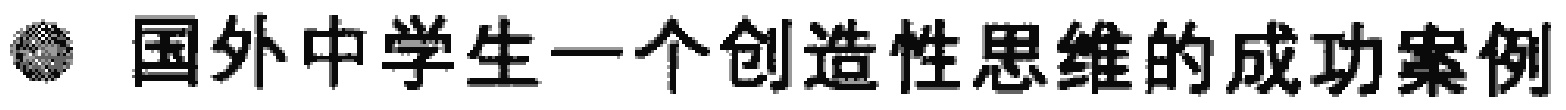
国外中学生一个创造性思维的成功案例